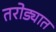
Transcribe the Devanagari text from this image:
तरोड्यात